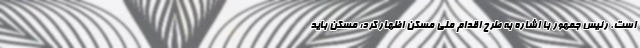
است. رئیس جمهور با اشاره به طرح اقدام ملی مسکن اظهار کرد: مسکن باید